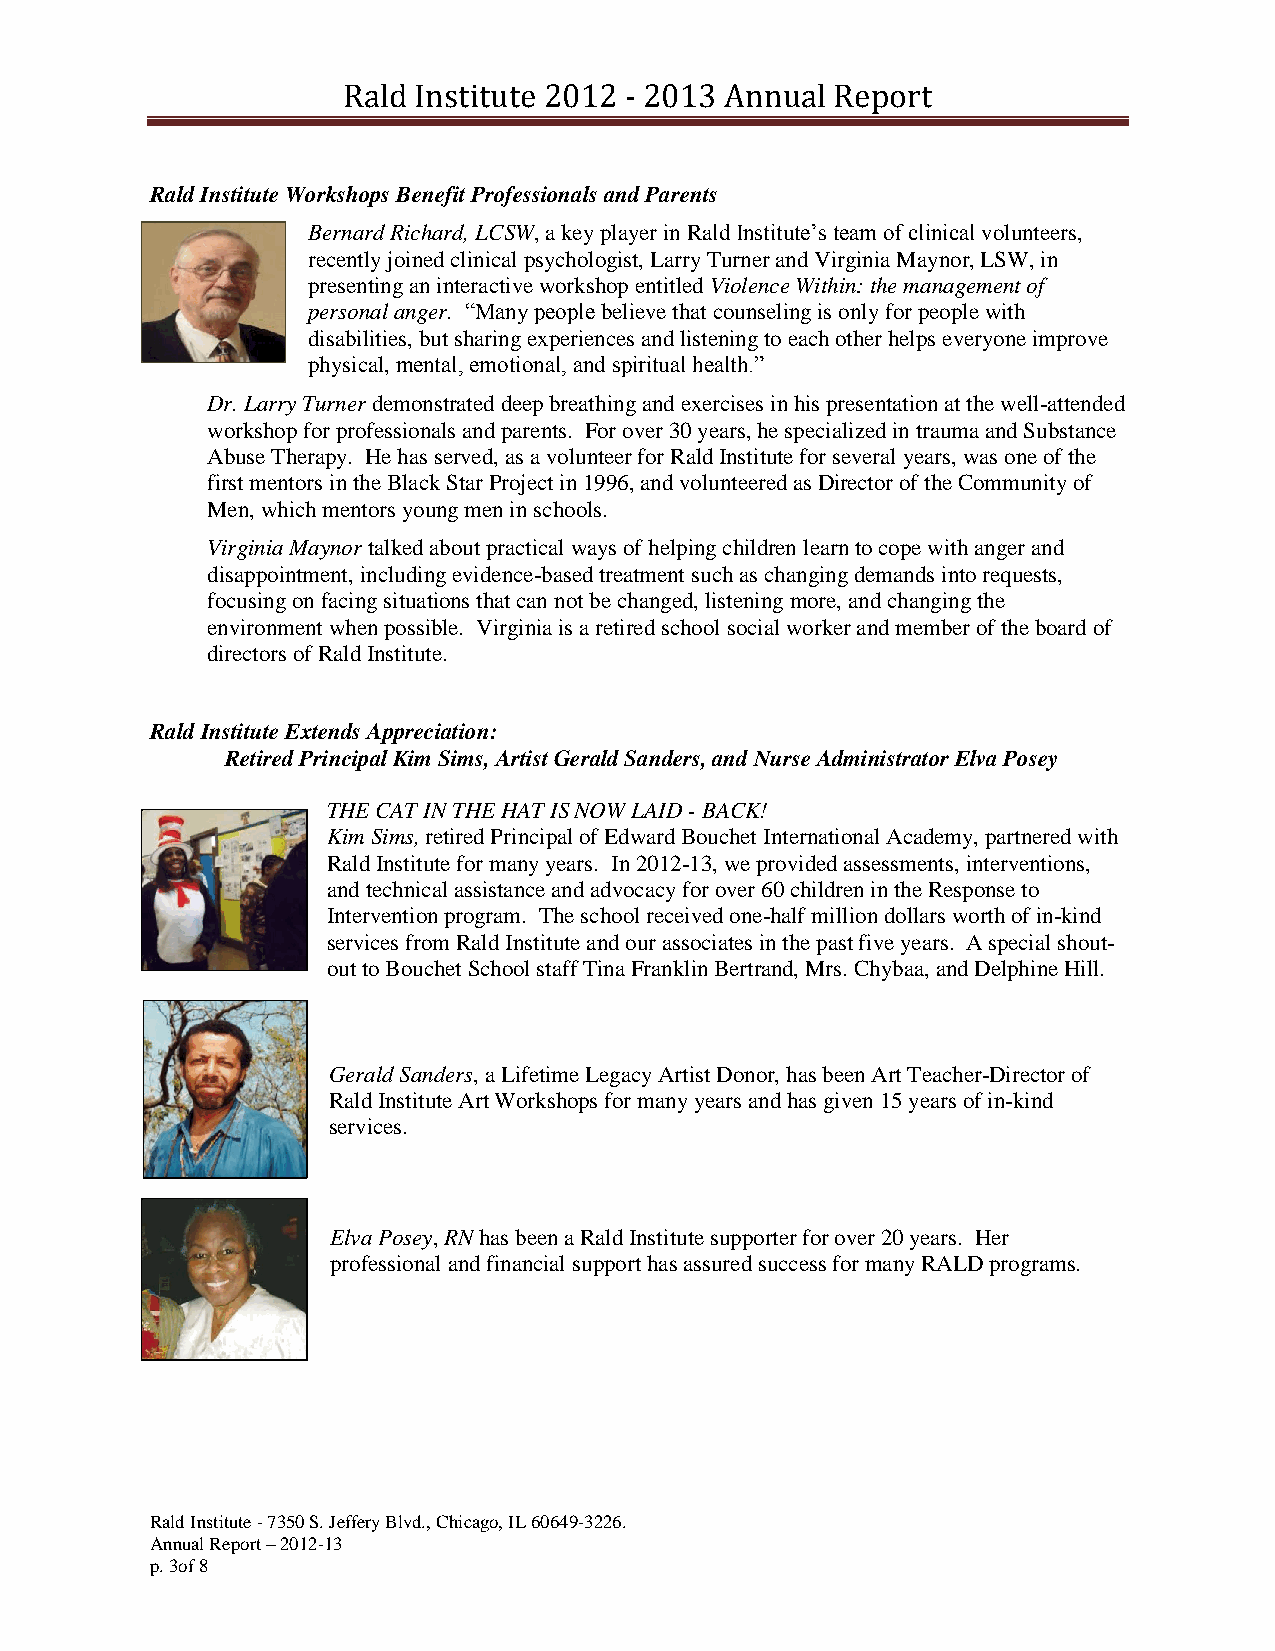
Rald Institute 2012 - 2013 Annual Report
 Rald Institute Workshops Benefit Professionals and Parents
 Bernard Richard, LCSW, a key player in Rald Institute’s team of clinical volunteers,
 recently joined clinical psychologist, Larry Turner and Virginia Maynor, LSW, in
 presenting an interactive workshop entitled Violence Within: the management of
 personal anger. “Many people believe that counseling is only for people with
 disabilities, but sharing experiences and listening to each other helps everyone improve
 physical, mental, emotional, and spiritual health.”
 Dr. Larry Turner demonstrated deep breathing and exercises in his presentation at the well-attended
 workshop for professionals and parents. For over 30 years, he specialized in trauma and Substance
 Abuse Therapy. He has served, as a volunteer for Rald Institute for several years, was one of the
 first mentors in the Black Star Project in 1996, and volunteered as Director of the Community of
 Men, which mentors young men in schools.
 Virginia Maynor talked about practical ways of helping children learn to cope with anger and
 disappointment, including evidence-based treatment such as changing demands into requests,
 focusing on facing situations that can not be changed, listening more, and changing the
 environment when possible. Virginia is a retired school social worker and member of the board of
 directors of Rald Institute.
 Rald Institute Extends Appreciation:
 Retired Principal Kim Sims, Artist Gerald Sanders, and Nurse Administrator Elva Posey
 THE CAT IN THE HAT IS NOW LAID - BACK!
 Kim Sims, retired Principal of Edward Bouchet International Academy, partnered with
 Rald Institute for many years. In 2012-13, we provided assessments, interventions,
 and technical assistance and advocacy for over 60 children in the Response to
 Intervention program. The school received one-half million dollars worth of in-kind
 services from Rald Institute and our associates in the past five years. A special shout-
 out to Bouchet School staff Tina Franklin Bertrand, Mrs. Chybaa, and Delphine Hill.
 Gerald Sanders, a Lifetime Legacy Artist Donor, has been Art Teacher-Director of
 Rald Institute Art Workshops for many years and has given 15 years of in-kind
 services.
 Elva Posey, RN has been a Rald Institute supporter for over 20 years. Her
 professional and financial support has assured success for many RALD programs.
 Rald Institute - 7350 S. Jeffery Blvd., Chicago, IL 60649-3226.
 Annual Report – 2012-13
 p. 3of 8